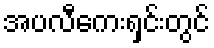
အပလီကေးရှင်းတွင်